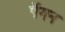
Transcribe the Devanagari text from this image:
पॅगन